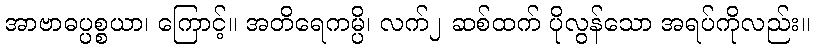
အာဗာဓပ္ပစ္စယာ၊ ကြောင့်။ အတိရေကမ္ပိ၊ လက်၂ ဆစ်ထက် ပိုလွန်သော အရပ်ကိုလည်း။